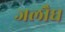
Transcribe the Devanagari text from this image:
जलौघ